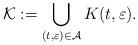
LaTeX: \begin{align*} \mathcal{K}:=\bigcup_{(t,\varepsilon)\in {{\mathcal{A}}}} K(t,\varepsilon).\end{align*}